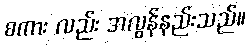
စကား လည်း အလွန်နည်းသည်။